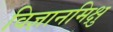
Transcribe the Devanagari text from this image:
विज्ञानमिक्षु